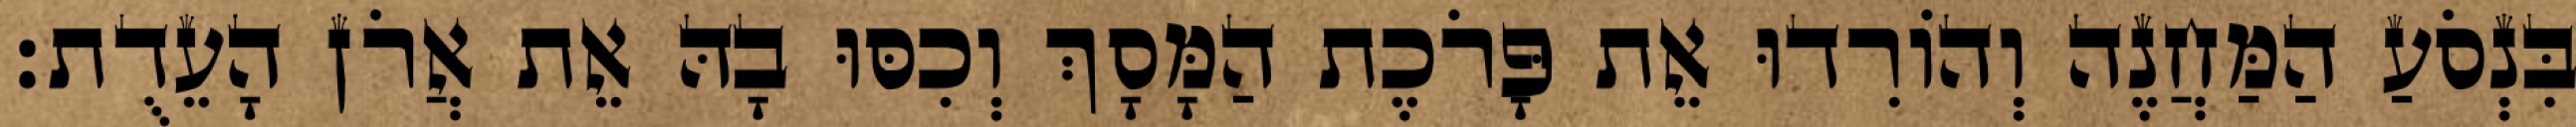
בִּנְסֹעַ הַמַּחֲנֶה וְהוֹרִדוּ אֵת פָּרֹכֶת הַמָּסָךְ וְכִסּוּ בָהּ אֵת אֲרֹן הָעֵדֻת׃